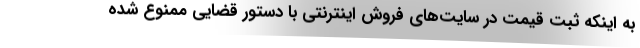
به اینکه ثبت قیمت در سایت‌های فروش اینترنتی با دستور قضایی ممنوع شده